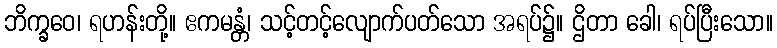
ဘိက္ခဝေ၊ ရဟန်းတို့။ ဧကမန္တံ၊ သင့်တင့်လျောက်ပတ်သော အရပ်၌။ ဌိတာ ခေါ၊ ရပ်ပြီးသော။